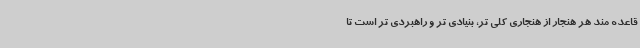
قاعده مند هر هنجار از هنجاری کلی تر، بنیادی تر و راهبردی تر است تا